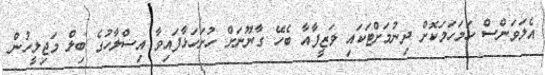
އެލަވަންސް ހަމަހަމަކޮށް ދިނުމަށްޓަކައި ވަޒީފާއާ ބެހޭ ގާނޫނަށް ހުށަހަޅާފައިވާ އިސްލާހުގެ ބިލް މަޖިލީހުން